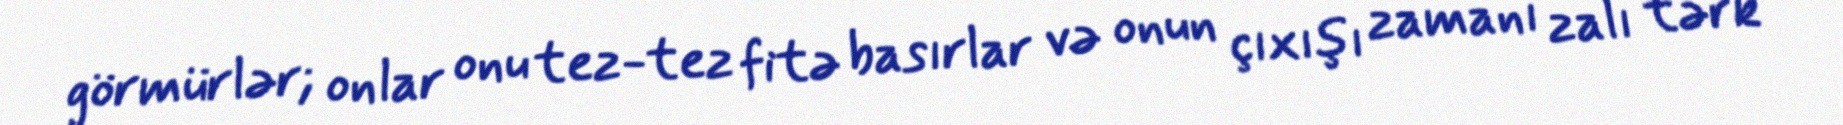
görmürlər; onlar onu tez-tez fitə basırlar və onun çıxışı zamanı zalı tərk